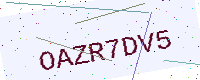
Text: OAZR7DV5